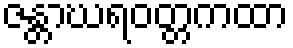
ဇန္တာဃရဝတ္တကထာ